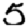
Digit: 5